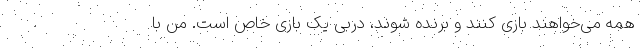
همه می‌خواهند بازی کنند و برنده شوند، دربی یک بازی خاص است. من با